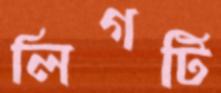
লিগটি